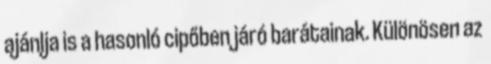
ajánlja is a hasonló cipőben járó barátainak. Különösen az